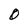
Character: O